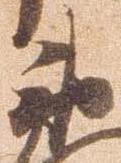
衛